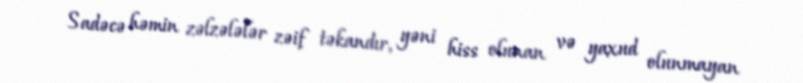
Sadəcə həmin zəlzələlər zəif təkandır, yəni hiss olunan və yaxud olunmayan